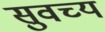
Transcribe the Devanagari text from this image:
सुवच्य